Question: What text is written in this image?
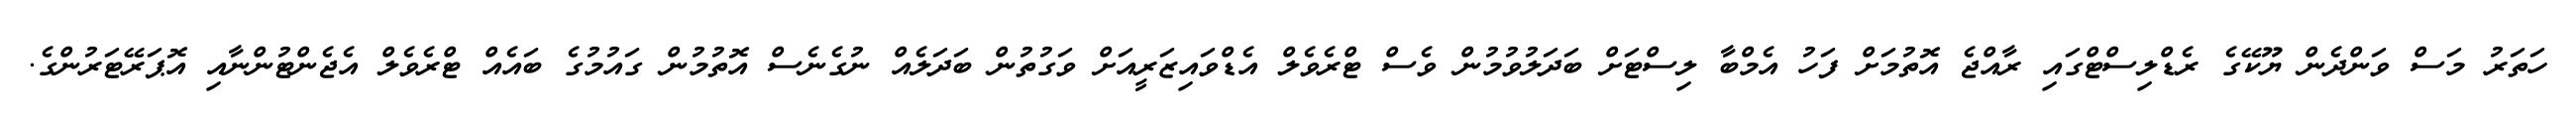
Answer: ހަތަރު މަސް ވަންދެން ޔޫކޭގެ ރެޑްލިސްޓްގައި ރާއްޖެ އޮތުމަށް ފަހު އެމްބާ ލިސްޓަށް ބަދަލުވުމުން ވެސް ޓްރެވެލް އެޑްވައިޒަރީއަށް ވަގުތުން ބަދަލެއް ނުގެނެސް އޮތުމުން ގައުމުގެ ބައެއް ޓްރެވެލް އެޖެންޓުންނާއި އޮޕަރޭޓަރުންގެ.